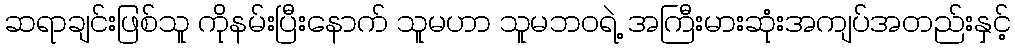
ဆရာချင်းဖြစ်သူ ကိုနမ်းပြီးနောက် သူမဟာ သူမဘဝရဲ့ အကြီးမားဆုံးအကျပ်အတည်းနှင့်